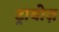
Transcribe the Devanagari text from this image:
ट्रायोज़